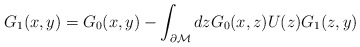
\begin{align*}G_1(x,y)=G_0(x,y)-\int_{\partial {\cal M}} dz G_0(x,z)U(z)G_1(z,y) \end{align*}